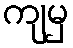
ကျမှ